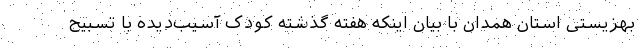
بهزیستی استان همدان با بیان اینکه هفته گذشته کودک آسیب‌دیده با تسبیح